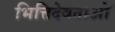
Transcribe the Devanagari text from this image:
भित्तिदेवताओं